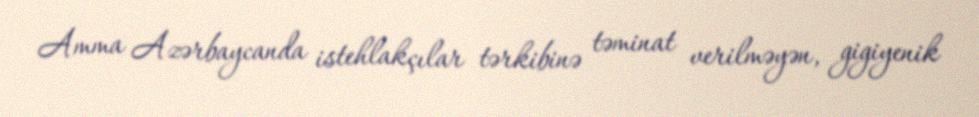
Amma Azərbaycanda istehlakçılar tərkibinə təminat verilməyən, gigiyenik